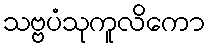
သဗ္ဗပံသုကူလိကော